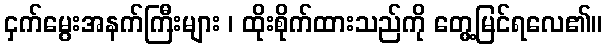
ငှက်မွေးအနက်ကြီးများ ၊ ထိုးစိုက်ထားသည်ကို တွေ့မြင်ရလေ၏။